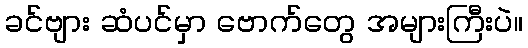
ခင်ဗျား ဆံပင်မှာ ဗောက်တွေ အများကြီးပဲ။